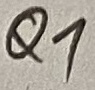
Text: Q1